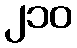
၂၁၀